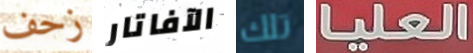
زحف الآفاتار تلك العليا